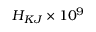
H _ { K J } \times 1 0 ^ { 9 }